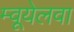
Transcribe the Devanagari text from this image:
म्वूयेलवा